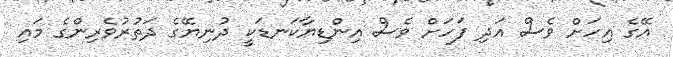
އޭގެ އިހަށް ވެސް އަދި ފަހަށް ވެސް އިންޑިޔާކަނޑަކީ ދުނިޔޭގެ ދަތުރުވެރިންގެ މައި